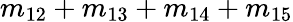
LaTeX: m_{12}+m_{13}+m_{14}+m_{15}